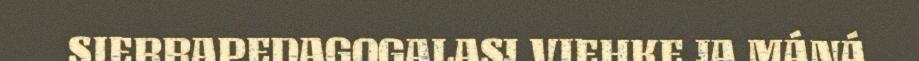
SIERRAPEDAGOGALASJ VIEHKE JA MÁNÁ